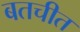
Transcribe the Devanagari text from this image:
बतचीत